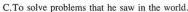
C. To solve problems that he saw in the world.